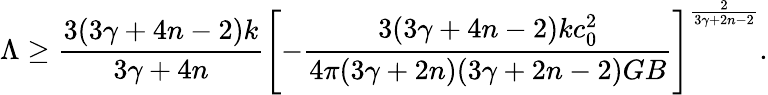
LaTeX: \Lambda\geq{\frac{3(3\gamma+4n-2)k}{3\gamma+4n}}\left[-{\frac{3(3\gamma+4n-2)kc_{0}^{2}}{4\pi(3\gamma+2n)(3\gamma+2n-2)GB}}\right]^{\frac{2}{3\gamma+2n-2}}.